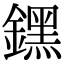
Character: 𨭆